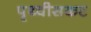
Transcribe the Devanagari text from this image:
पृथ्वीसकट